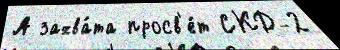
А захва́та просв'е́т СКД-2